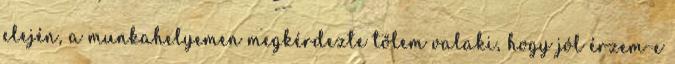
elején, a munkahelyemen megkérdezte tőlem valaki, hogy jól érzem-e